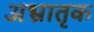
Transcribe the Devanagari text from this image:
अभ्रातृक